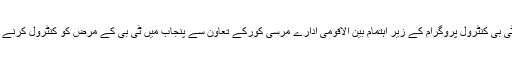
انہوں نے یہ بات جمعرات کے روز ایک مقامی ہوٹل میں پنجاب سوشل سکیورٹی اور پروونشل ٹی بی کنٹرول پروگرام کے زیر اہتمام بین الاقومی ادارے مرسی کورکے تعاون سے پنجاب میں ٹی بی کے مرض کو کنٹرول کرنے کے لیے اشتراک مضبوط بنانے کے حوالے سے منعقدہ ورکشاپ سے خطاب کرتے ہوئے کہی۔